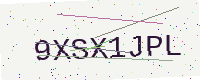
Text: 9XSX1JPL